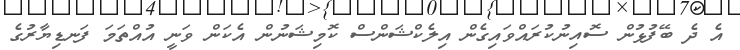
އެ ދެ ބޭފުޅުން ސޮއިނުކުރައްވައިގެން އިލެކްޝަންސް ކޮމިޝަނުން އެކަން ވަނީ އުއްތަމަ ފަނޑިޔާރުގެ